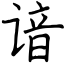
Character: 谙